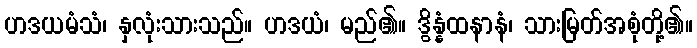
ဟဒယမံသံ၊ နှလုံးသားသည်။ ဟဒယံ၊ မည်၏။ ဒွိန္နံထနာနံ၊ သားမြတ်အစုံတို့၏။